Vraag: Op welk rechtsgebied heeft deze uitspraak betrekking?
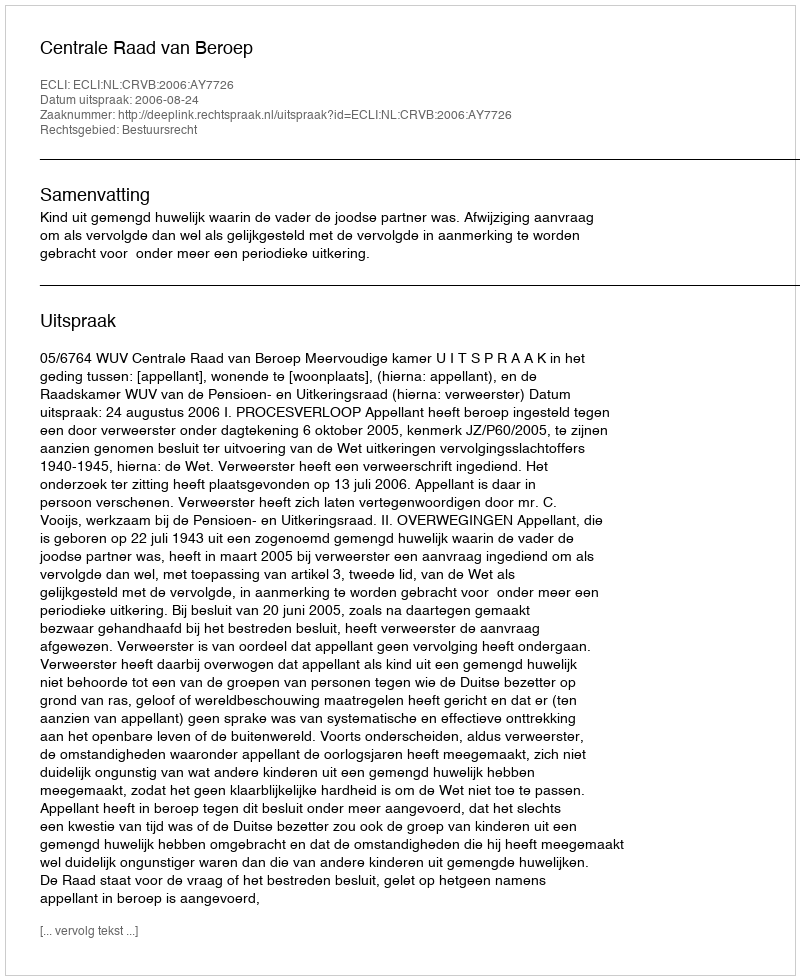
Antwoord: Bestuursrecht